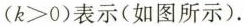
($$k>0$$)表示(如图所示).